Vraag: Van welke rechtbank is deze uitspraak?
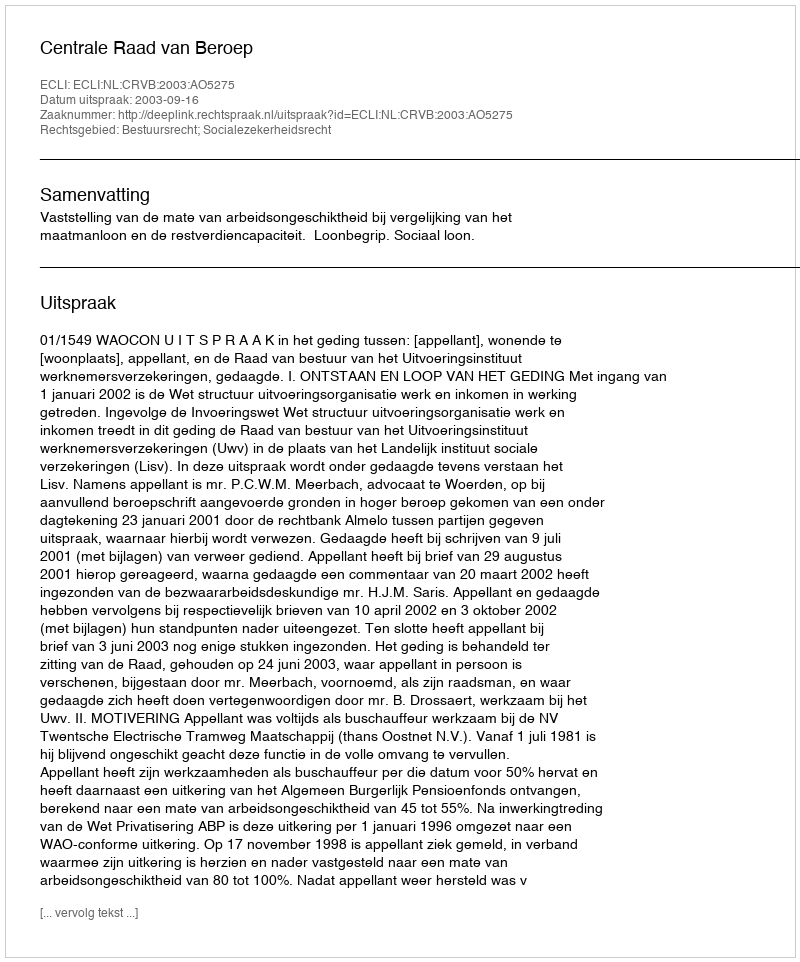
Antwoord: Centrale Raad van Beroep